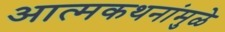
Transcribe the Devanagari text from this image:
आत्मकथनांमुळे